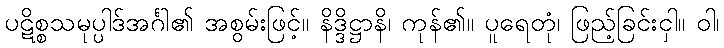
ပဋိစ္စသမုပ္ပါဒ်အင်္ဂါ၏ အစွမ်းဖြင့်။ နိဒ္ဒိဋ္ဌာနိ၊ ကုန်၏။ ပူရေတုံ၊ ဖြည့်ခြင်းငှါ။ ဝါ၊